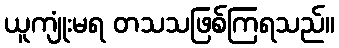
ယူကျုံးမရ တသသဖြစ်ကြရသည်။